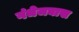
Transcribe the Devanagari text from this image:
गंधेजघास